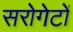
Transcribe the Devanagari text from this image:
सरोगेटों